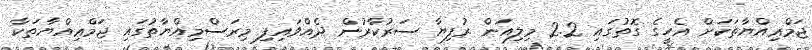
ޖަމްޢިއްޔާތަކަށް އެހީގެ ގޮތުގައި 2.2 މިލިއަން ރުފިޔާ ސަރުކާރުން ދެއްވައިފި މިރަސްމިއްޔާތުގައި ޖަމްޢިއްޔާތަކާ